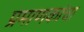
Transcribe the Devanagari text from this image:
प्रमाणकांचा